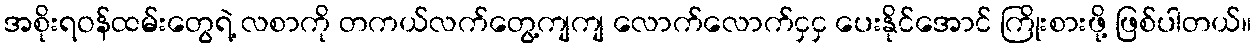
အစိုးရဝန်ထမ်းတွေရဲ့ လစာကို တကယ်လက်တွေ့ကျကျ လောက်လောက်ငှငှ ပေးနိုင်အောင် ကြိုးစားဖို့ ဖြစ်ပါတယ်။